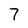
Character: 7